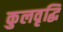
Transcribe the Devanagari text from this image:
कुलवृद्धि